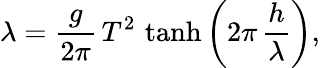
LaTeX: \displaystyle\lambda={\frac{g}{2\pi}}\, T^{2}\, \operatorname{tanh}\left(2\pi\, {\frac{h}{\lambda}}\right),